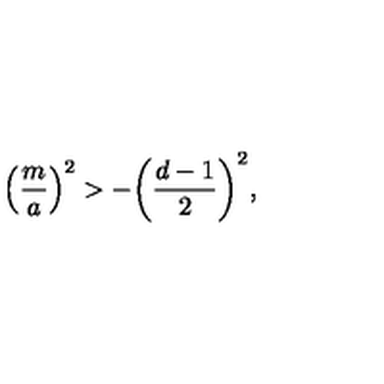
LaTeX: \left( { \frac { m } { a } } \right) ^ { 2 } > - \biggl ( { \frac { d - 1 } { 2 } } \biggr ) ^ { 2 } ,